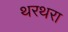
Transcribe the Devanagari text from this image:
थरथरा